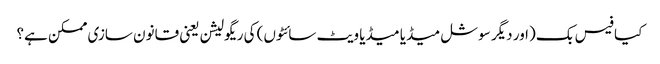
کیا فیس بک (اور دیگر سوشل میڈیا میڈیا ویٹ سائٹوں) کی ریگولیشن یعنی قانون سازی ممکن ہے؟